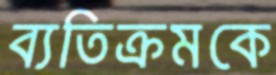
ব্যতিক্রমকে